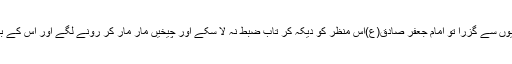
اور يہ قافلہ اس حال ميں مدينہ کي گليوں سے گزرا تو امام جعفر صادق(ع)اس منظر کو ديکہ کر تاب ضبط نہ لا سکے اور چيخيں مار مار کر رونے لگے اور اس کے بعد ۲۰ دن تک شدت سے بيمار رہے۔